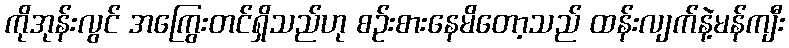
ကိုအုန်းလွင် အကြွေးတင်ရှိသည်ဟု စဉ်းစားနေမိတော့သည် ထန်းလျက်နဲ့မန်ကျီး